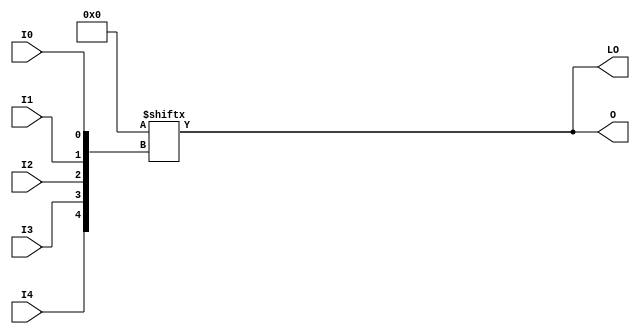
// $Header: /devl/xcs/repo/env/Databases/CAEInterfaces/verunilibs/data/rainier/LUT5_D.v,v 1.2.156.1 2007/03/09 18:12:56 patrickp Exp $
///////////////////////////////////////////////////////////////////////////////
// Copyright (c) 1995/2004 Xilinx, Inc.
// All Right Reserved.
///////////////////////////////////////////////////////////////////////////////
//   ____  ____
//  /   /\/   /
// /___/  \  /    Vendor : Xilinx
// \   \   \/     Version : 8.1i (I.13)
//  \   \         Description : Xilinx Functional Simulation Library Component
//  /   /                  5-input Look-Up-Table with Dual Output
// /___/   /\     Filename : LUT5_D.v
// \   \  /  \    Timestamp : Thu Mar 25 16:42:54 PST 2004
//  \___\/\___\
//
// Revision:
//    03/23/04 - Initial version.
//    02/04/05 - Replace premitive with function; Remove buf.
// End Revision

`timescale  100 ps / 10 ps


module LUT5_D (LO, O, I0, I1, I2, I3, I4);

  parameter INIT = 32'h00000000;

  input I0, I1, I2, I3, I4;

  output LO, O;

  reg O;
  reg tmp;
  wire LO;

  assign LO = O;

  always @( I4 or I3 or  I2 or  I1 or  I0 )  begin
 
    tmp =  I0 ^ I1  ^ I2 ^ I3 ^ I4;

    if ( tmp == 0 || tmp == 1)

        O = INIT[{I4, I3, I2, I1, I0}];

    else 
    
      O =  lut4_mux4 ( 
                        { lut6_mux8 ( INIT[31:24], {I2, I1, I0}),
                          lut6_mux8 ( INIT[23:16], {I2, I1, I0}),
                          lut6_mux8 ( INIT[15:8], {I2, I1, I0}),
                          lut6_mux8 ( INIT[7:0], {I2, I1, I0}) }, { I4, I3});
  end

  function lut6_mux8;
  input [7:0] d;
  input [2:0] s;
   
  begin

       if ((s[2]^s[1]^s[0] ==1) || (s[2]^s[1]^s[0] ==0))
           
           lut6_mux8 = d[s];

         else
           if ( ~(|d))
                 lut6_mux8 = 1'b0;
           else if ((&d))
                 lut6_mux8 = 1'b1;
           else if (((s[1]^s[0] ==1'b1) || (s[1]^s[0] ==1'b0)) && (d[{1'b0,s[1:0]}]===d[{1'b1,s[1:0]}]))
                 lut6_mux8 = d[{1'b0,s[1:0]}];
           else if (((s[2]^s[0] ==1) || (s[2]^s[0] ==0)) && (d[{s[2],1'b0,s[0]}]===d[{s[2],1'b1,s[0]}]))
                 lut6_mux8 = d[{s[2],1'b0,s[0]}];
           else if (((s[2]^s[1] ==1) || (s[2]^s[1] ==0)) && (d[{s[2],s[1],1'b0}]===d[{s[2],s[1],1'b1}]))
                 lut6_mux8 = d[{s[2],s[1],1'b0}];
           else if (((s[0] ==1) || (s[0] ==0)) && (d[{1'b0,1'b0,s[0]}]===d[{1'b0,1'b1,s[0]}]) &&
              (d[{1'b0,1'b0,s[0]}]===d[{1'b1,1'b0,s[0]}]) && (d[{1'b0,1'b0,s[0]}]===d[{1'b1,1'b1,s[0]}]))
                 lut6_mux8 = d[{1'b0,1'b0,s[0]}];
           else if (((s[1] ==1) || (s[1] ==0)) && (d[{1'b0,s[1],1'b0}]===d[{1'b0,s[1],1'b1}]) &&
              (d[{1'b0,s[1],1'b0}]===d[{1'b1,s[1],1'b0}]) && (d[{1'b0,s[1],1'b0}]===d[{1'b1,s[1],1'b1}]))
                 lut6_mux8 = d[{1'b0,s[1],1'b0}];
           else if (((s[2] ==1) || (s[2] ==0)) && (d[{s[2],1'b0,1'b0}]===d[{s[2],1'b0,1'b1}]) &&
              (d[{s[2],1'b0,1'b0}]===d[{s[2],1'b1,1'b0}]) && (d[{s[2],1'b0,1'b0}]===d[{s[2],1'b1,1'b1}]))
                 lut6_mux8 = d[{s[2],1'b0,1'b0}];
           else
                 lut6_mux8 = 1'bx;
   end
  endfunction


  function lut4_mux4;
  input [3:0] d;
  input [1:0] s;
   
  begin

       if ((s[1]^s[0] ==1) || (s[1]^s[0] ==0))

           lut4_mux4 = d[s];

         else if ((d[0] === d[1]) && (d[2] === d[3])  && (d[0] === d[2]) )
           lut4_mux4 = d[0];
         else if ((s[1] == 0) && (d[0] === d[1]))
           lut4_mux4 = d[0];
         else if ((s[1] == 1) && (d[2] === d[3]))
           lut4_mux4 = d[2];
         else if ((s[0] == 0) && (d[0] === d[2]))
           lut4_mux4 = d[0];
         else if ((s[0] == 1) && (d[1] === d[3]))
           lut4_mux4 = d[1];
         else
           lut4_mux4 = 1'bx;

   end
  endfunction

endmodule